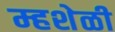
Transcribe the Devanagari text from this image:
म्हशेळी